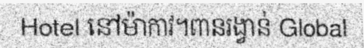
Hotel នៅម៉ាកាវ។ពានរង្វាន់ Global